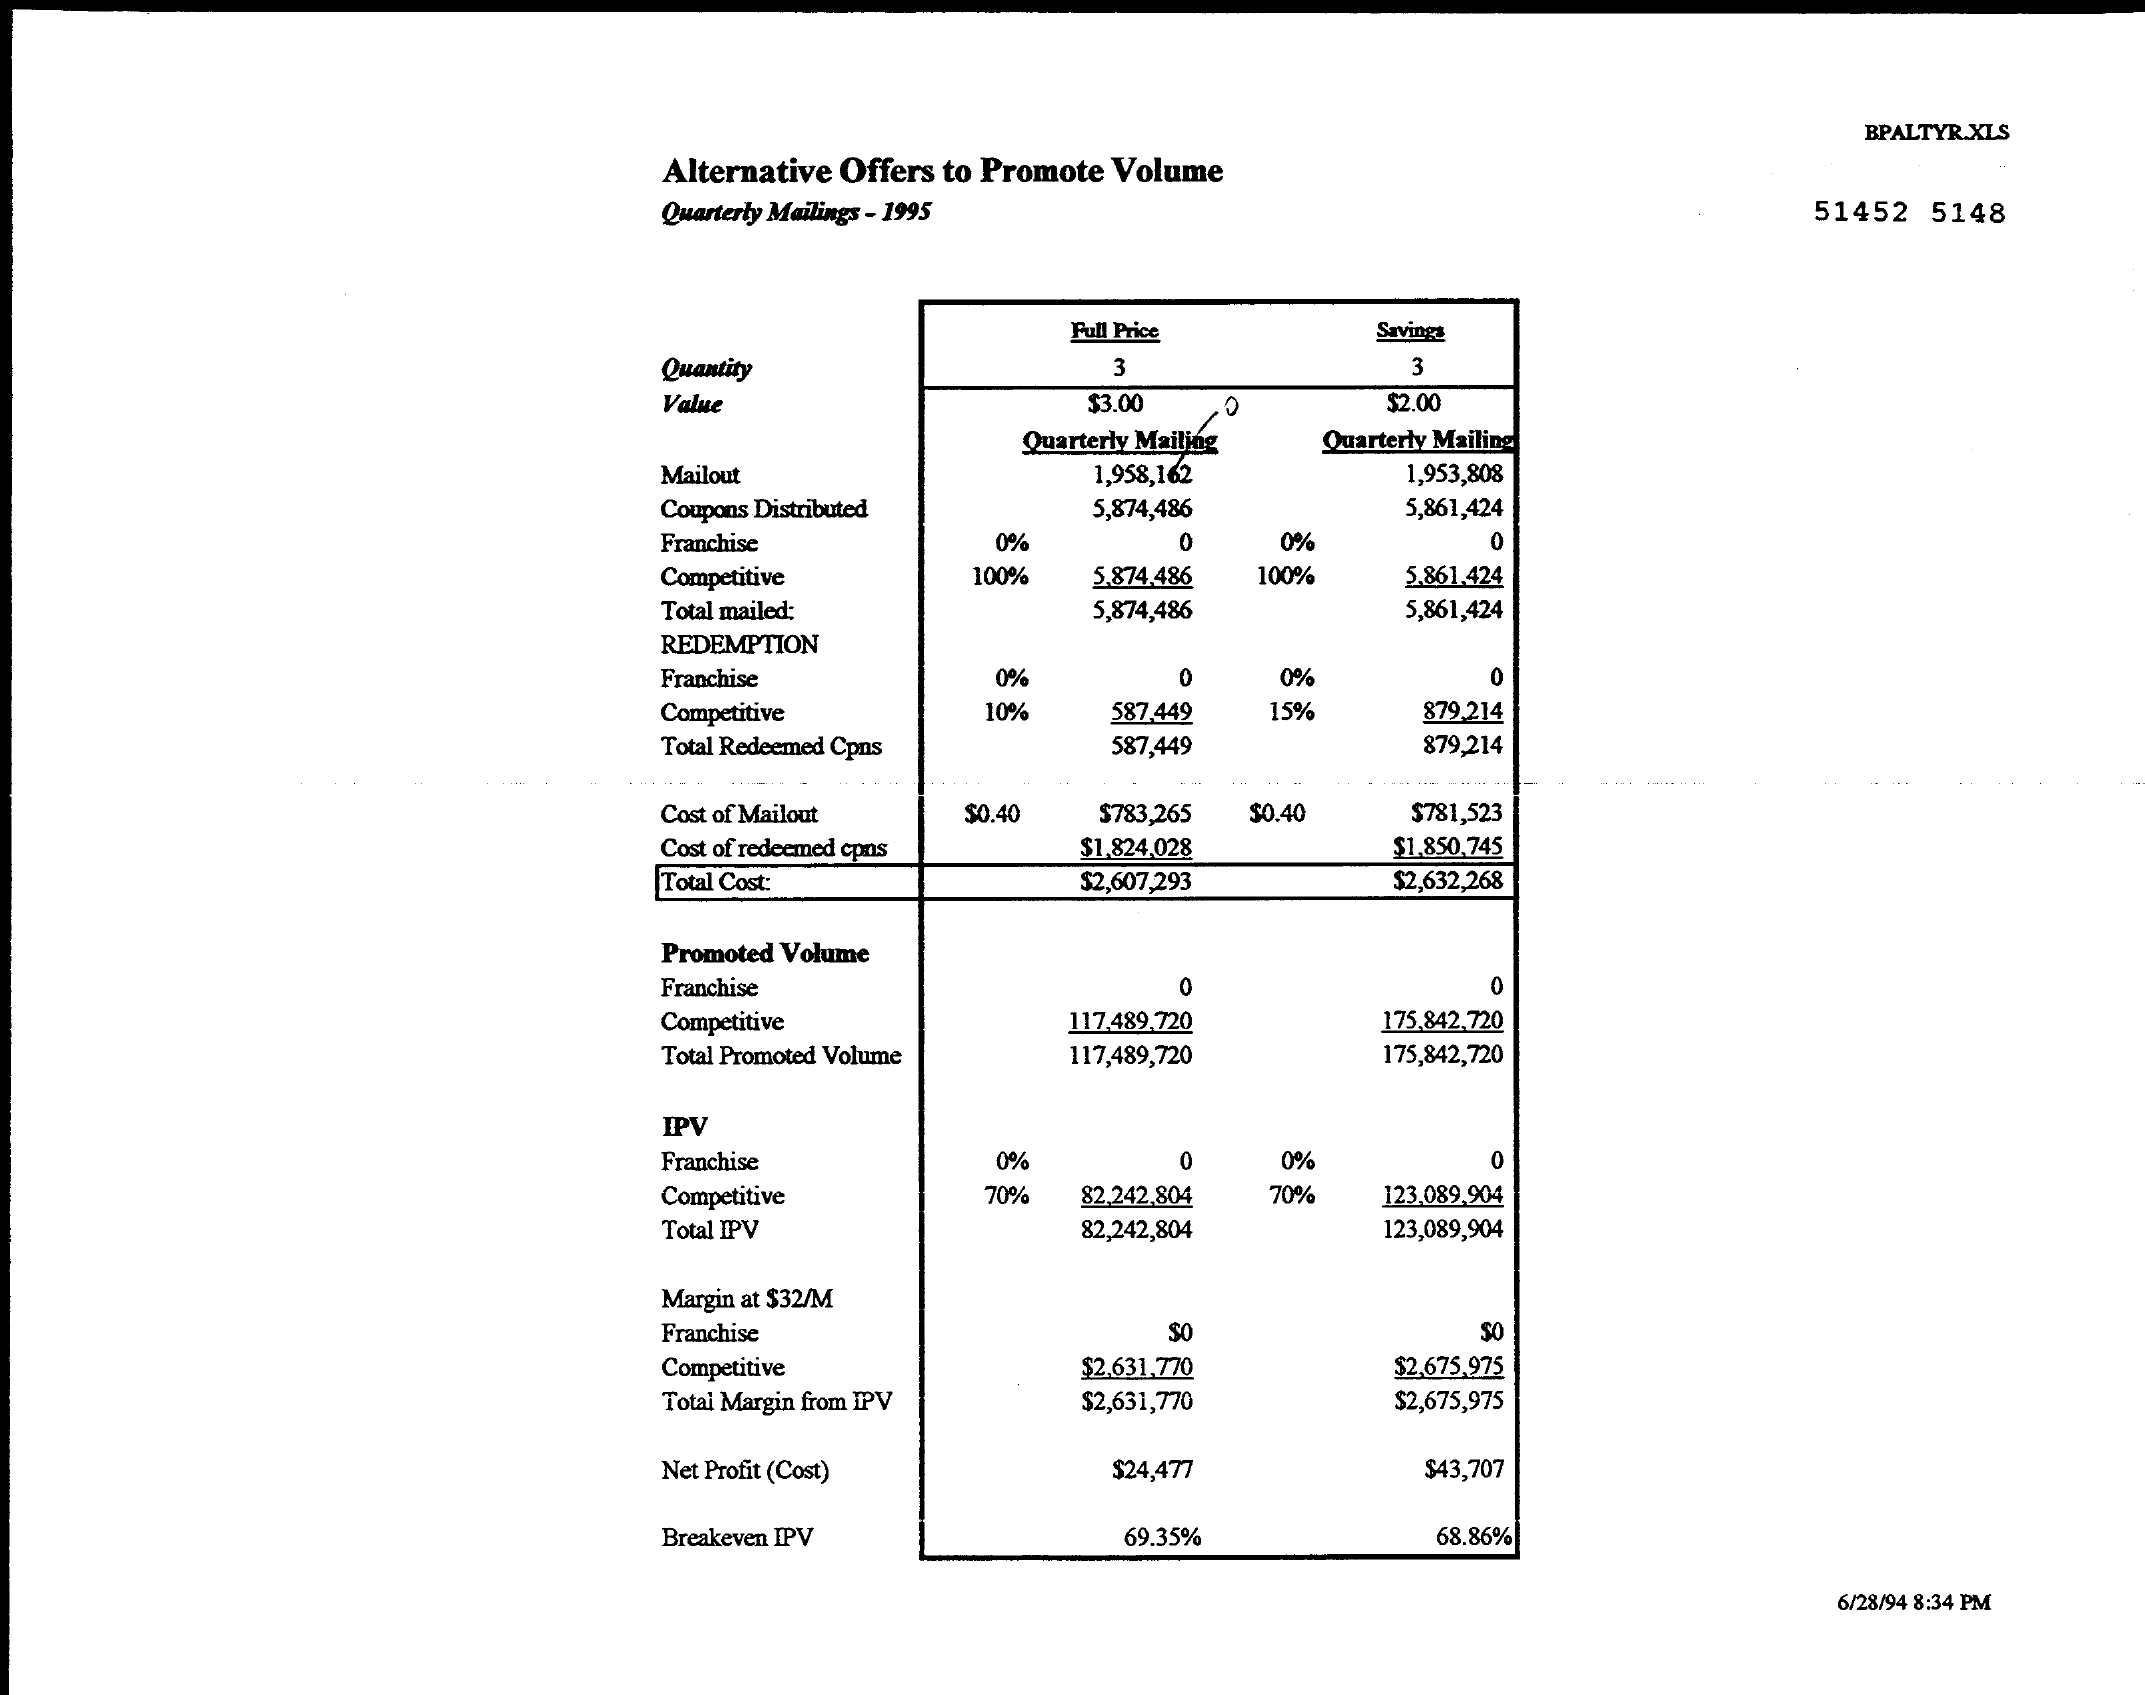
BPALTYR.XLS
     Alternative Offers to Promote Volume
     Quarterly Mailings - 1995    51452 5148
     Full Price    Savings
     Quantity    3    3
     Value    $3.00 .0    $2.00
     Mailout
     Quarterly Mailing Quarterly Mailing
     1,958,162    1,953,808
     Coupons Distributed  5,874,486    5,861,424
     Franchise    0%    0%    0
     Competitive    100%  5.874.486 100%  5.861.424
     Total mailed:    5,874,486    5,861,424
     REDEMPTION
     Franchise    0%    0    0%    0
     Competitive    587,449 15%    879,214
     Total Redeemed Cpns   587,449    879,214
     Cost of Mailout $0.40 $783,265 $0.40 $781,523
     Cost of redeemed cons $1.824.028    $1,850,745
     Total Cost    $2,607,293    $2,632,268
     Promoted Volume
     Franchise    0    0
     Competitive    117.489,720    175,842,720
     Total Promoted Volume 117,489,720  175,842,720
     IPV
     Franchise    0%    0   0%    0
     Competitive    70%  82,242,804 70% 123.089,904
     Total IPV    82,242,804    123,089,904
     Margin at $32/M
     Franchise    SO    $0
     Competitive    $2.631.770    $2,675,975
     Total Margin from IPV $2,631,770    $2,675,975
     Net Profit (Cost)    $24,477    $43,707
     Breakeven IPV    69.35%    68.86%
     6/28/94 8:34 PM